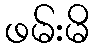
ဖမ်းမိ